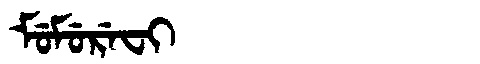
Manchu: ᠮᡠᠮᡠᡵᡝᠸᡳ
Romanization: MUMUREFI